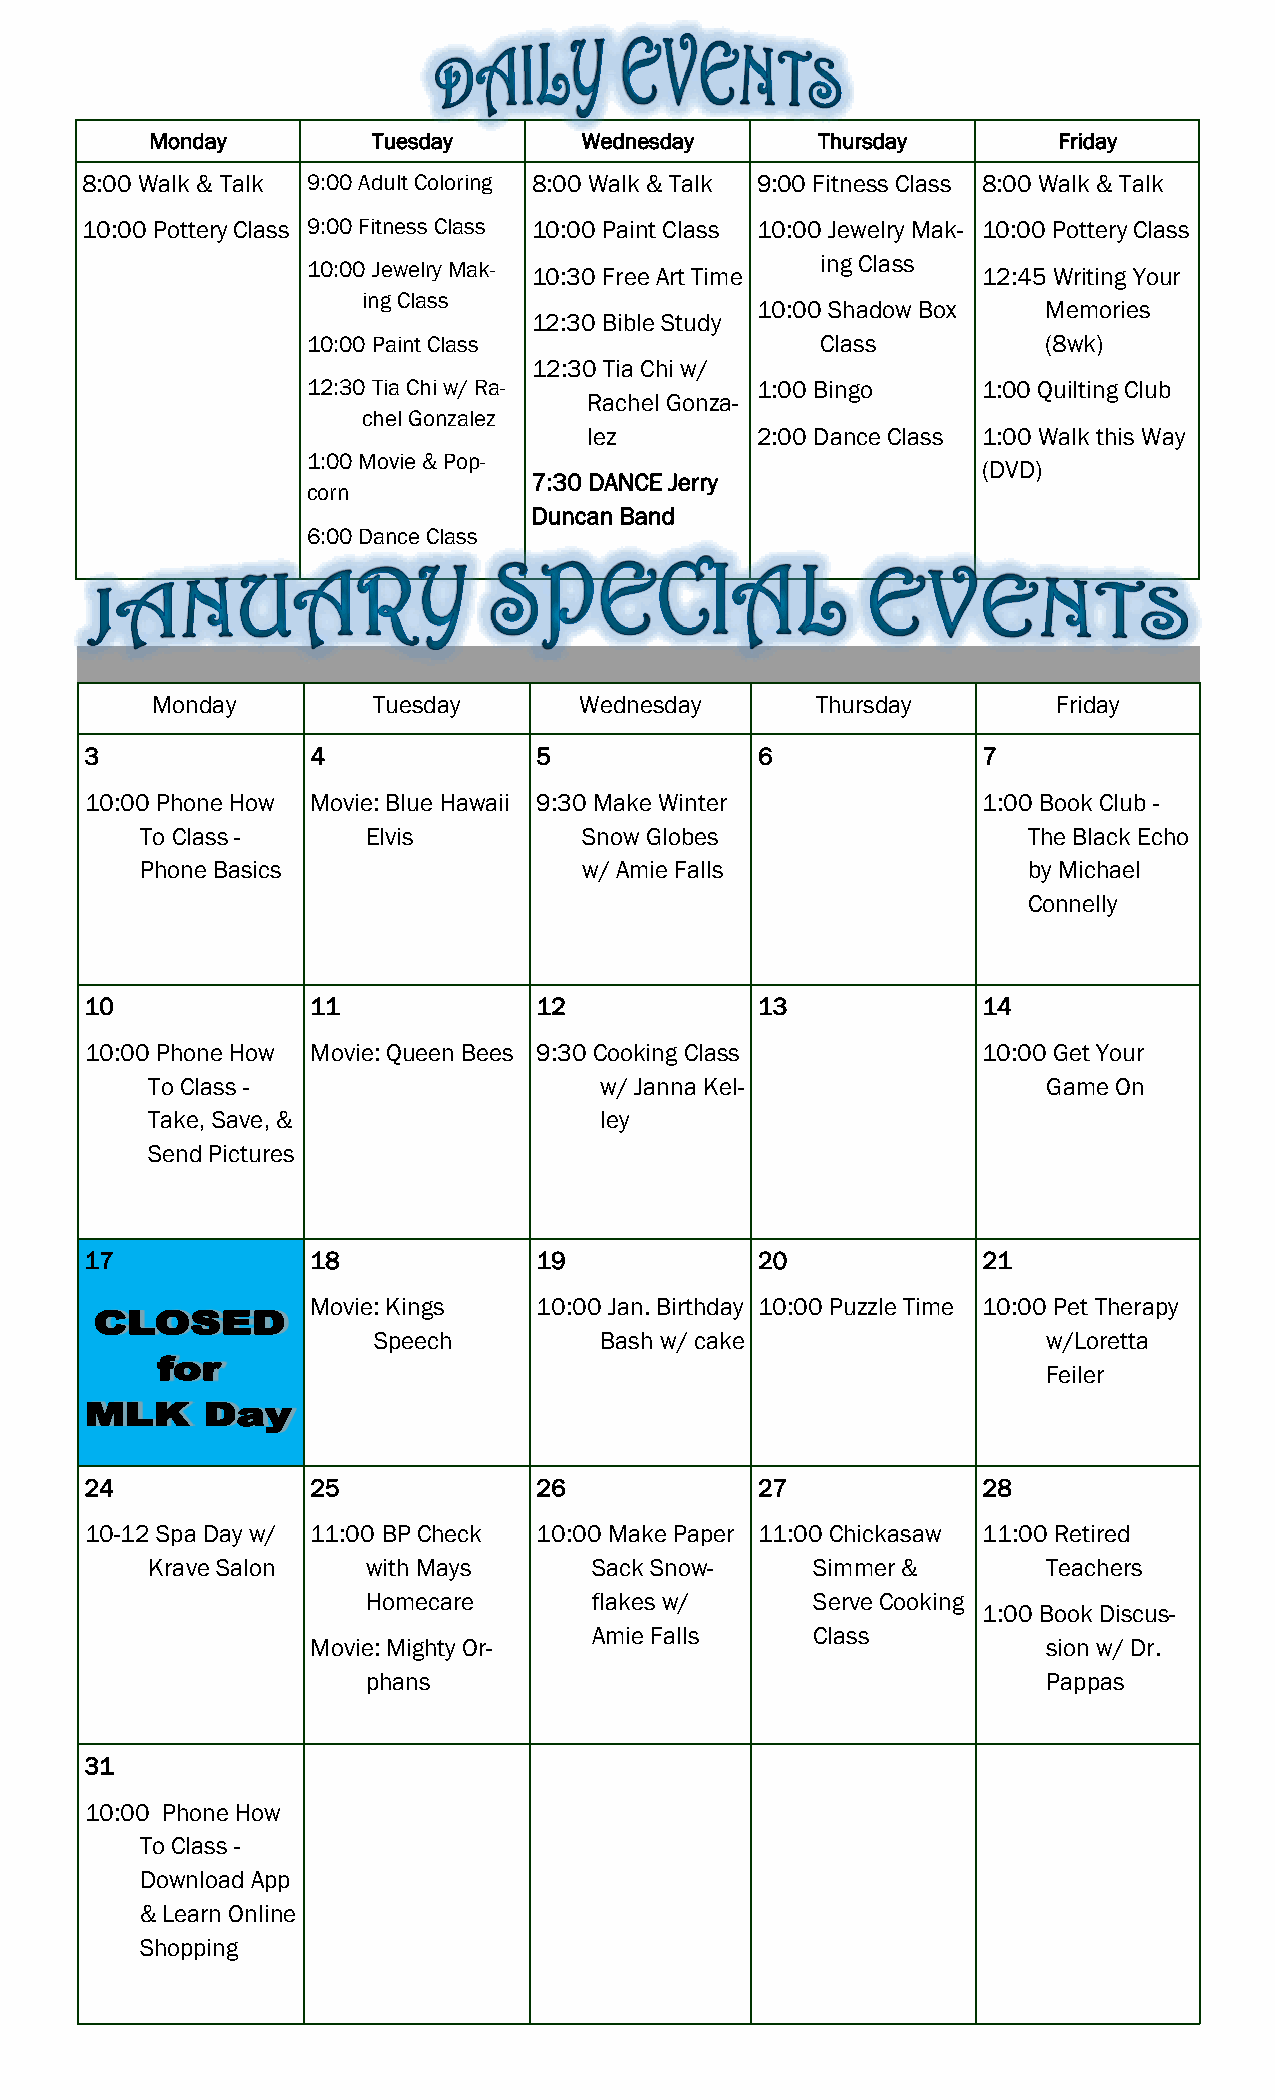
Monday         Tuesday       Wednesday      Thursday        Friday
 8:00 Walk & Talk 9:00 Adult Coloring 8:00 Walk & Talk 9:00 Fitness Class 8:00 Walk & Talk
 10:00 Pottery Class 9:00 Fitness Class 10:00 Paint Class 10:00 Jewelry Mak- 10:00 Pottery Class
 ing Class
 10:00 Jewelry Mak- 10:30 Free Art Time       12:45 Writing Your
 ing Class
 10:00 Shadow Box   Memories
 12:30 Bible Study
 10:00 Paint Class                 Class          (8wk)
 12:30 Tia Chi w/
 12:30 Tia Chi w/ Ra-          1:00 Bingo     1:00 Quilting Club
 Rachel Gonza-
 chel Gonzalez
 lez        2:00 Dance Class 1:00 Walk this Way
 1:00 Movie & Pop-
 (DVD)
 7:30 DANCE Jerry
 corn
 Duncan Band
 6:00 Dance Class
 Monday         Tuesday      Wednesday       Thursday        Friday
 3              4              5             6              7
 10:00 Phone How Movie: Blue Hawaii 9:30 Make Winter        1:00 Book Club -
 To Class -     Elvis          Snow Globes                  The Black Echo
 Phone Basics                  w/ Amie Falls                by Michael
 Connelly
 10             11             12            13             14
 10:00 Phone How Movie: Queen Bees 9:30 Cooking Class       10:00 Get Your
 To Class -                    w/ Janna Kel-                Game On
 Take, Save, &                 ley
 Send Pictures
 17             18             19            20             21
 Movie: Kings   10:00 Jan. Birthday 10:00 Puzzle Time 10:00 Pet Therapy
 Speech         Bash w/ cake                 w/Loretta
 Feiler
 24             25             26            27             28
 10-12 Spa Day w/ 11:00 BP Check 10:00 Make Paper 11:00 Chickasaw 11:00 Retired
 Krave Salon   with Mays      Sack Snow-     Simmer &       Teachers
 Homecare       flakes w/      Serve Cooking
 1:00 Book Discus-
 Amie Falls     Class
 Movie: Mighty Or-                               sion w/ Dr.
 phans                                        Pappas
 31
 10:00 Phone How
 To Class -
 Download App
 & Learn Online
 Shopping